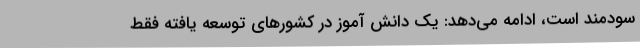
سودمند است، ادامه می‌دهد: یک دانش آموز در کشورهای توسعه یافته فقط